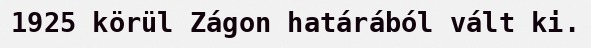
1925 körül Zágon határából vált ki.